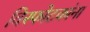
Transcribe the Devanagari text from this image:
विस्फोटकांना